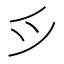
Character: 𫜵